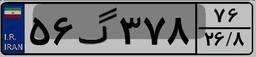
۹۵گ۴۴۶۳۳